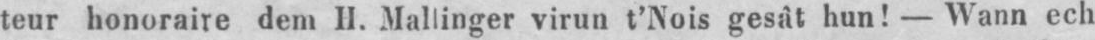
teur honoraire dem H. Mallinger virun t’Nois gesât hun! - Wann ech